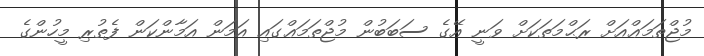
މުޖްތަމަޢްއަށް ރަޙްމަތަކަށް ވަނީ އޭގެ ސަބަބުން މުޖްތަމަޢްގައި އަމަން އަމާންކަން ފެތުރި މީހުންގެ